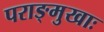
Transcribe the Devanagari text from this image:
पराङ्मुखाः